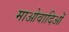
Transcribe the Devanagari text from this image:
माओवादिओं